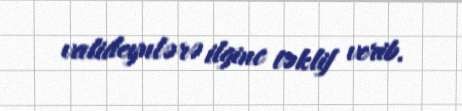
valideynlərə ilginc təklif verib.